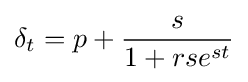
\delta _{t}=p+{s \over {1+rse^{st}}}